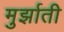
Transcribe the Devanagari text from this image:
मुर्झाती